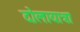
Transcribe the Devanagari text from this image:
दोलायात्रा